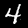
Digit: 4